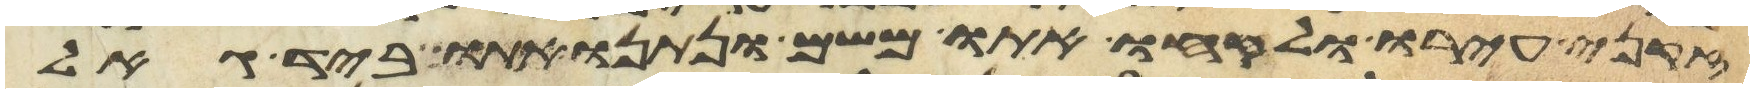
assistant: זקני עירו ולקחו אתו משם ונתנו אתו ביד גאל